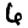
Digit: 6